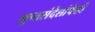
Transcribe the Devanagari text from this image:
गुप्तसंदेशांपैकी